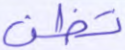
تظن